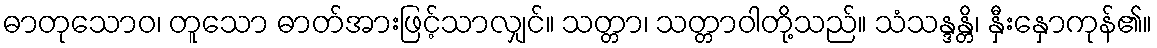
ဓာတုသောဝ၊ တူသော ဓာတ်အားဖြင့်သာလျှင်။ သတ္တာ၊ သတ္တာဝါတို့သည်။ သံသန္ဒန္တိ၊ နှီးနှောကုန်၏။